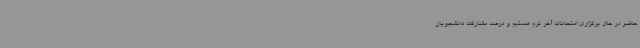
حاضر در حال برگزاری امتحانات آخر ترم هستیم و درصد مشارکت دانشجویان